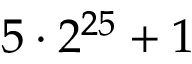
5 \cdot 2 ^ { 2 5 } + 1